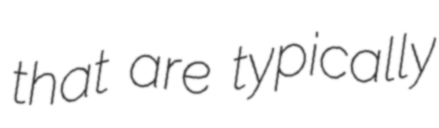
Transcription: that are typically